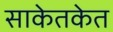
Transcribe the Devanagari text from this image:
साकेतकेत